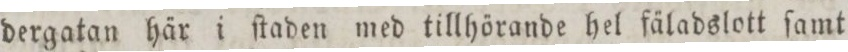
dergatan här i ſtaden med tillhörande hel fäladslott ſamt